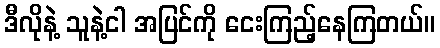
ဒီလိုနဲ့ သူနဲ့ငါ အပြင်ကို ငေးကြည့်နေကြတယ်။